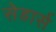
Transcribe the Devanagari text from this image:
सेडार्स